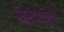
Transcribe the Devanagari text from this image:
भिरकाविली